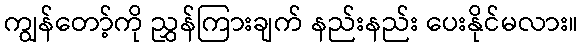
ကျွန်တော့်ကို ညွှန်ကြားချက် နည်းနည်း ပေးနိုင်မလား။